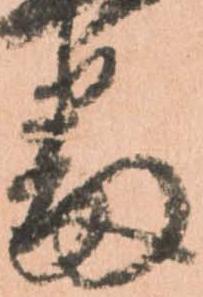
番